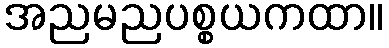
အညမညပစ္စယကထာ။